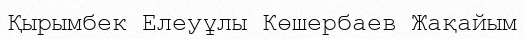
Қырымбек Елеуұлы Көшербаев Жақайым